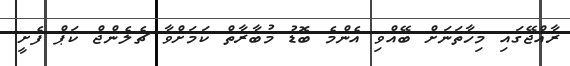
ރާއްޖޭގައި މިހާތަނަށް ބޭއްވި އެންމެ ބޮޑު މުބާރާތް ކަމަށްވާ ޗެލެންޖް ކަޕް ފެށީ